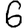
Digit: 6